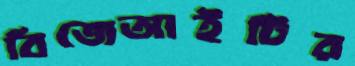
বিজেআইটির